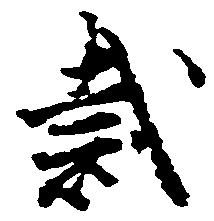
裁